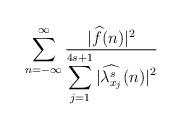
LaTeX: \begin{align*}&\sum_{n=-\infty}^{\infty}\frac{|{\widehat f}(n)|^2}{\displaystyle\sum_{j=1}^{4s+1}|{\widehat {\lambda_{x_j}^s}} (n)|^2} \hskip7cm\end{align*}